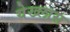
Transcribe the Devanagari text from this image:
येख्लास